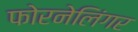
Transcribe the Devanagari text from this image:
फोरनेलिंगर